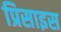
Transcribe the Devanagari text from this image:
प्रिसाइस